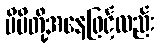
မိမိတို့အနေဖြင့်လည်း